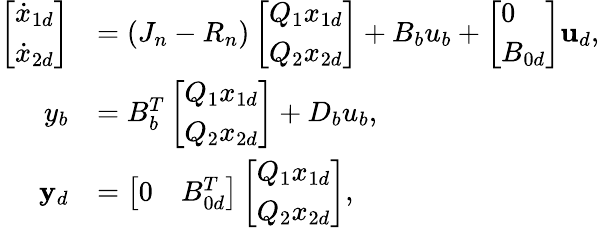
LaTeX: \begin{array}{rl}{\left[\begin{array}{l}{\dot{x}_{1d}}\\ {\dot{x}_{2d}}\end{array}\right]}&{=\left(J_{n}-R_{n}\right)\left[\begin{array}{l}{Q_{1}x_{1d}}\\ {Q_{2}x_{2d}}\end{array}\right]+B_{b}u_{b}+\left[\begin{array}{l}{0}\\ {B_{0d}}\end{array}\right]\mathbf{u}_{d},}\\ {y_{b}}&{=B_{b}^{T}\left[\begin{array}{l}{Q_{1}x_{1d}}\\ {Q_{2}x_{2d}}\end{array}\right]+D_{b}u_{b},}\\ {\mathbf{y}_{d}}&{=\left[\begin{array}{ll}{0}&{B_{0d}^{T}}\end{array}\right]\left[\begin{array}{l}{Q_{1}x_{1d}}\\ {Q_{2}x_{2d}}\end{array}\right],}\end{array}